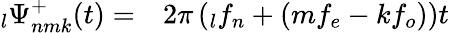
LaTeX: \begin{array}{rl}{\phantom{}_{l}\Psi_{nmk}^{+}(t)=}&{{}2\pi\left(\phantom{}_{l}f_{n}+(mf_{e}-kf_{o})\right)t}\end{array}